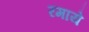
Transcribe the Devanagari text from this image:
रमाये